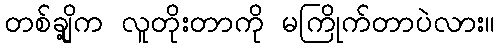
တစ်ချို့က လူတိုးတာကို မကြိုက်တာပဲလား။